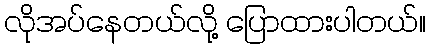
လိုအပ်နေတယ်လို့ ပြောထားပါတယ်။